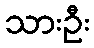
သားဦး